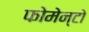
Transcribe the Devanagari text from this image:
फोमेन्टो